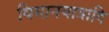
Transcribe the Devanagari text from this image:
विमानयात्रादि